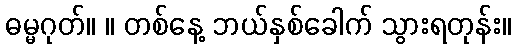
ဓမ္မဂုတ်။ ။ တစ်နေ့ ဘယ်နှစ်ခေါက် သွားရတုန်း။